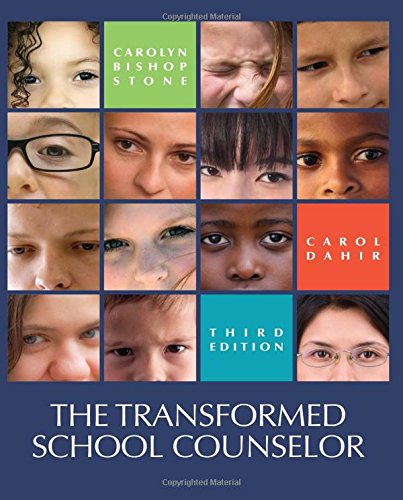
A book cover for The Transformed School Counselor; Carolyn Stone; Education & Teaching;